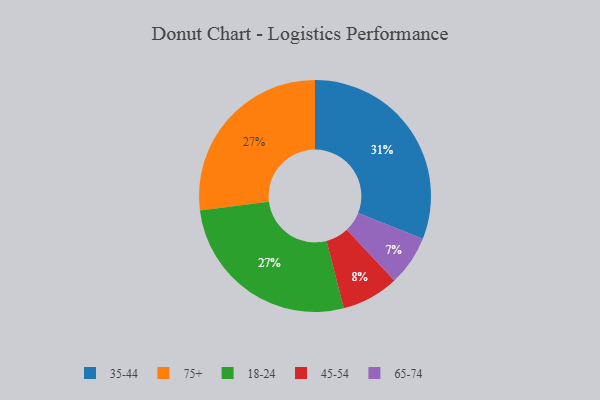
{"axis": {"x": "Category", "y": "Percentage"}, "legend": ["18-24", "35-44", "45-54", "65-74", "75+"], "data": [{"x": "75+", "y": 27, "type": "75+"}, {"x": "65-74", "y": 7, "type": "65-74"}, {"x": "45-54", "y": 8, "type": "45-54"}, {"x": "18-24", "y": 27, "type": "18-24"}, {"x": "35-44", "y": 31, "type": "35-44"}]}